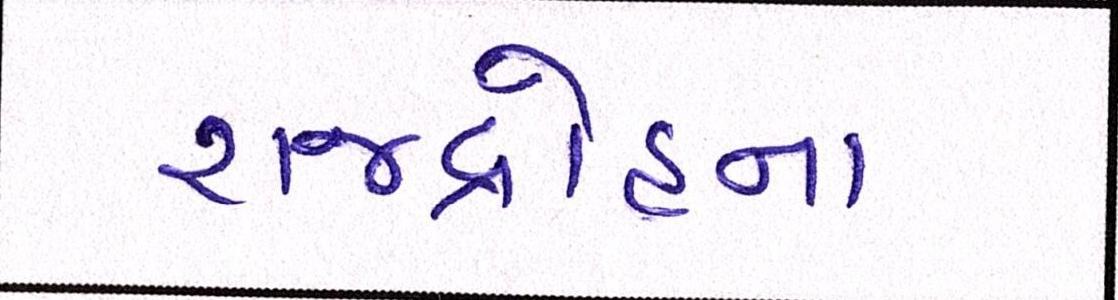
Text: રાજદ્રોહના